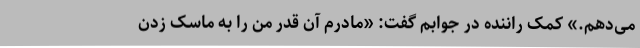
می‌دهم.» کمک راننده در جوابم گفت: «مادرم آن قدر من را به ماسک زدن